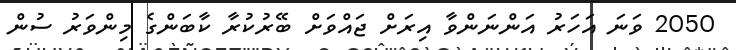
2050 ވަނަ އަހަރު އަންނަންވާ އިރަށް ޖައްވަށް ބޭރުކުރާ ކާބަންގެ މިންވަރު ސުން